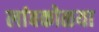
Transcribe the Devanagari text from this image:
लांबकोळया